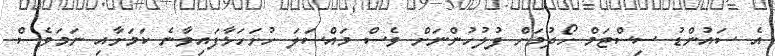
އެ ސައުންޑު ސިސްޓަމް ހޯދުމަށް ފުލުހުންނަށް ވެސް މައްސަލަ ހުށަހަޅާފައިވާނެ ކަމަށާއި ނަމަވެސް